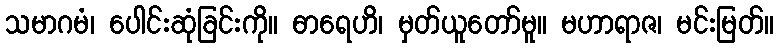
သမာဂမံ၊ ပေါင်းဆုံခြင်းကို။ ဓာရေဟိ၊ မှတ်ယူတော်မူ။ မဟာရာဇ၊ မင်းမြတ်။